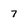
Character: 7